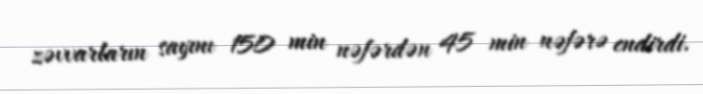
zəvvarların sayını 150 min nəfərdən 45 min nəfərə endirdi.